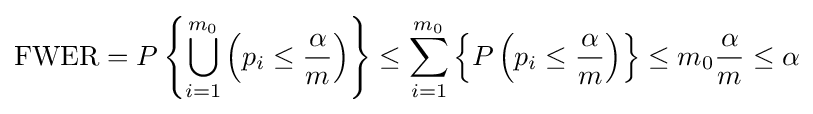
{\text{FWER}}=P\left\{\bigcup _{i=1}^{m_{0}}\left(p_{i}\leq {\frac {\alpha }{m}}\right)\right\}\leq \sum _{i=1}^{m_{0}}\left\{P\left(p_{i}\leq {\frac {\alpha }{m}}\right)\right\}\leq m_{0}{\frac {\alpha }{m}}\leq \alpha